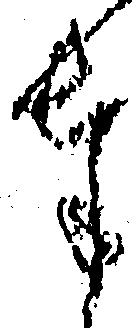
奉